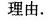
理由.